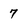
Character: 7